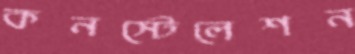
কনস্টেলেশন